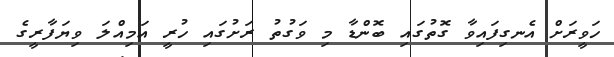
ހަވީރަށް އެނގިފައިވާ ގޮތުގައި ބޮންޑާ މި ވަގުތު ރަށުގައި ހުރީ އަމިއްލަ ވިޔަފާރީގެ